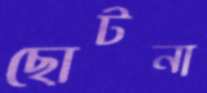
ছোটনা